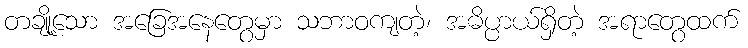
တချို့သော အခြေအနေတွေမှာ သဘာဝကျတဲ့၊ အဓိပ္ပာယ်ရှိတဲ့ အရာတွေထက်